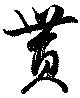
貰